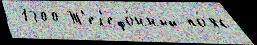
 1300 Т'ел'ефо́нный по́яс